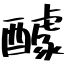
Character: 醵